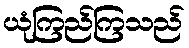
ယုံကြည်ကြသည်